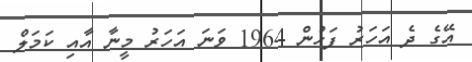
އޭގެ ދެ އަހަރު ފަހުން 1964 ވަނަ އަހަރު މީނާ އާއި ކަމަލް